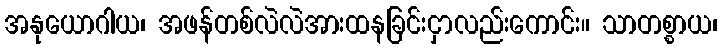
အနုယောဂါယ၊ အဖန်တစ်လဲလဲအားထနခြင်းငှာလည်းကောင်း။ သာတစ္စာယ၊